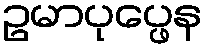
ဥမာပုပ္ဖေန